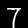
Digit: 7